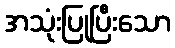
အသုံးပြုပြီးသော